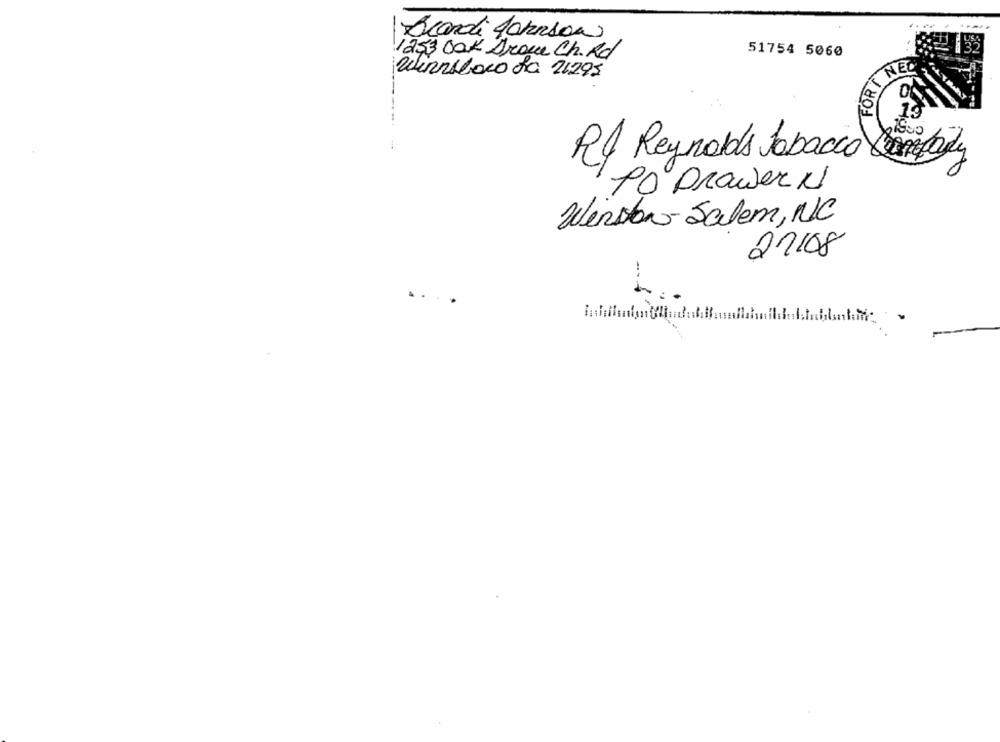
Brandi Johnson
51754 5060
1253 Oak Drow Ch. Rd
FORT NED
Winmeboro La 21295
0
19
Rf Reynolds Tobacco Company
PO prower N
Winston- Salem, NC
22/08
..